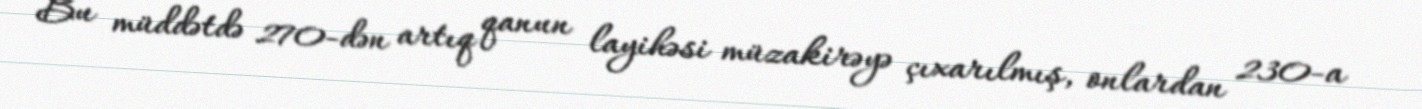
Bu müddətdə 270-dən artıq qanun layihəsi müzakirəyə çıxarılmış, onlardan 230-a